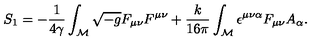
S _ { 1 } = - \frac { 1 } { 4 \gamma } \int _ { \cal M } \sqrt { - g } F _ { \mu \nu } F ^ { \mu \nu } + \frac { k } { 1 6 \pi } \int _ { \cal M } \epsilon ^ { \mu \nu \alpha } F _ { \mu \nu } A _ { \alpha } .